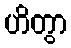
ဟိတွာ